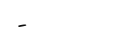
-